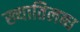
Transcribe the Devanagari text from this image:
ख्‍यातिलब्‍ध